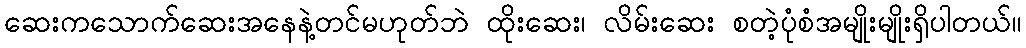
ဆေးကသောက်ဆေးအနေနဲ့တင်မဟုတ်ဘဲ ထိုးဆေး၊ လိမ်းဆေး စတဲ့ပုံစံအမျိုးမျိုးရှိပါတယ်။